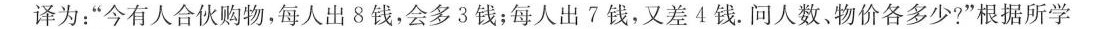
译为：”今有人合伙购物，每人出8钱，会多3钱；每人出7钱，又差4钱。问人数、物价各多少?”根据所学